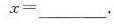
值$$x =$$___.